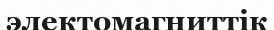
электомагниттік